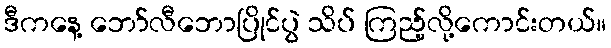
ဒီကနေ့ ဘော်လီဘောပြိုင်ပွဲ သိပ် ကြည့်လို့ကောင်းတယ်။